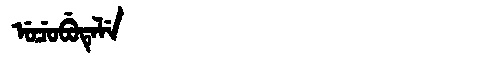
Manchu: ᡠᠴᡠᠪᡠᡨᡝᠯᡝ
Romanization: UCUBUTELE